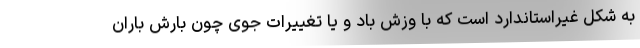
به شکل غیراستاندارد است که با وزش باد و یا تغییرات جوی چون بارش باران